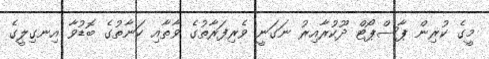
މީގެ ކުރިން ޕާސްޕޯޓް ދޫކުރާއިރު ނަގަނީ ވެރިފަރާތުގެ ވާތާއި ކަނާތުގެ ބޮޑުވާ އިނގިލީގެ